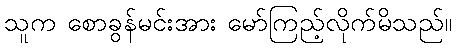
သူက စောခွန်မင်းအား မော်ကြည့်လိုက်မိသည်။